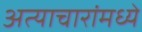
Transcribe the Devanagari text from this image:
अत्याचारांमध्ये